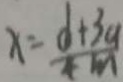
x = \frac { d + 3 a } { 4 m }